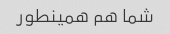
شما هم همینطور